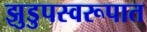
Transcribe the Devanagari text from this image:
झुडुपस्वरूपात